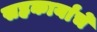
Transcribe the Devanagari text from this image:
सहकार्यांचे